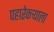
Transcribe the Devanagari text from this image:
पहारेकर्‍याला